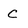
Character: C